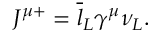
J ^ { \mu + } = \overline { { { l } } } _ { L } \gamma ^ { \mu } \nu _ { L } .